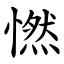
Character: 㦓